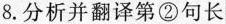
8.分析并翻译第②句长